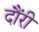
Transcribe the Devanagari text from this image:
दौंरी